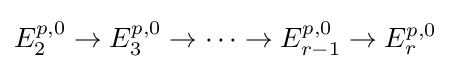
E_{2}^{p,0}\to E_{3}^{p,0}\to \dots \to E_{r-1}^{p,0}\to E_{r}^{p,0}